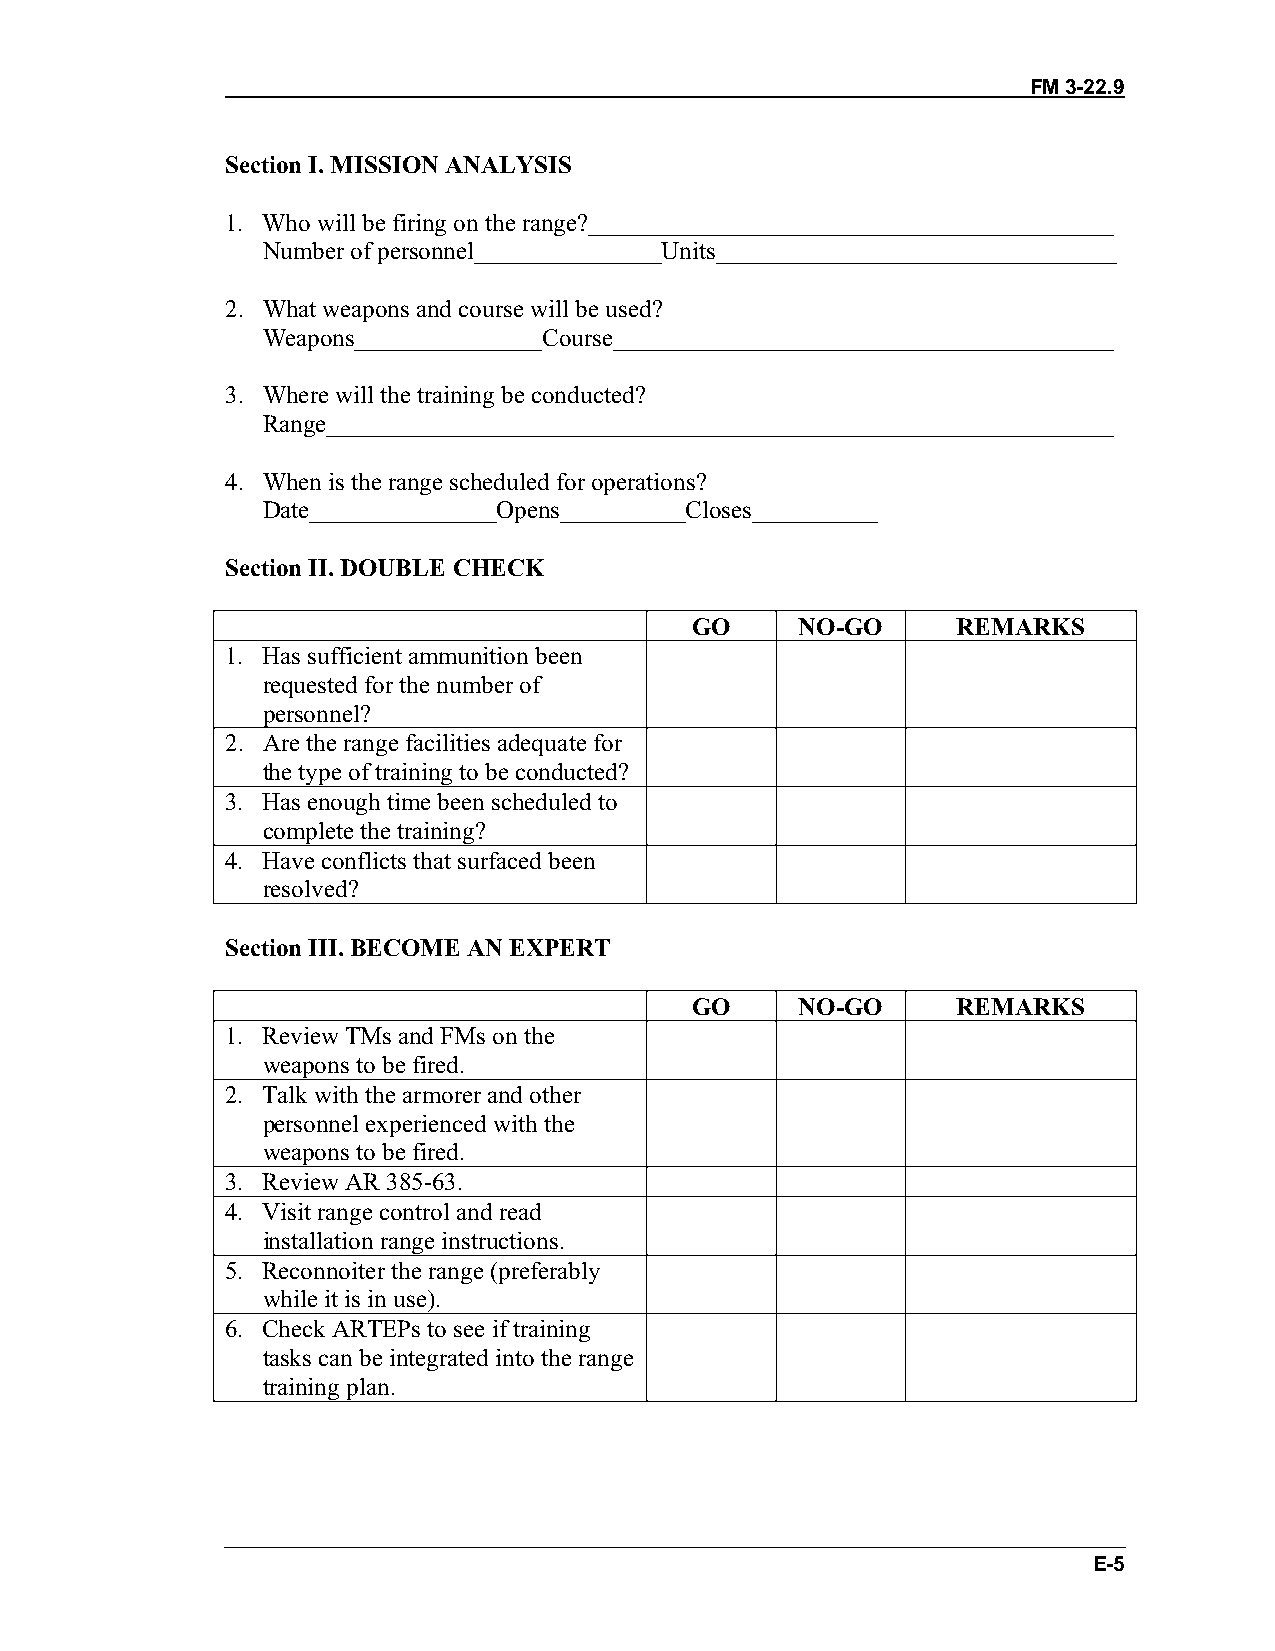
FM 3-22.9
 Section I. MISSION ANALYSIS
 1. Who will be firing on the range?__________________________________________
 Number of personnel_______________Units________________________________
 2. What weapons and course will be used?
 Weapons_______________Course________________________________________
 3. Where will the training be conducted?
 Range_______________________________________________________________
 4. When is the range scheduled for operations?
 Date_______________Opens__________Closes__________
 Section II. DOUBLE CHECK
 GO     NO-GO     REMARKS
 1. Has sufficient ammunition been
 requested for the number of
 personnel?
 2. Are the range facilities adequate for
 the type of training to be conducted?
 3. Has enough time been scheduled to
 complete the training?
 4. Have conflicts that surfaced been
 resolved?
 Section III. BECOME AN EXPERT
 GO     NO-GO     REMARKS
 1. Review TMs and FMs on the
 weapons to be fired.
 2. Talk with the armorer and other
 personnel experienced with the
 weapons to be fired.
 3. Review AR 385-63.
 4. Visit range control and read
 installation range instructions.
 5. Reconnoiter the range (preferably
 while it is in use).
 6. Check ARTEPs to see if training
 tasks can be integrated into the range
 training plan.
 E-5